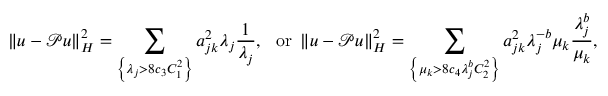
\left\lVert \boldsymbol { u } - \mathcal { P } \boldsymbol { u } \right\rVert _ { H } ^ { 2 } = \sum _ { \left\{ \lambda _ { j } > 8 c _ { 3 } C _ { 1 } ^ { 2 } \right\} } a _ { j k } ^ { 2 } \lambda _ { j } \frac { 1 } { \lambda _ { j } } , \ \mathrm { ~ o r ~ } \left\lVert \boldsymbol { u } - \mathcal { P } \boldsymbol { u } \right\rVert _ { H } ^ { 2 } = \sum _ { \left\{ \mu _ { k } > 8 c _ { 4 } \lambda _ { j } ^ { b } C _ { 2 } ^ { 2 } \right\} } a _ { j k } ^ { 2 } \lambda _ { j } ^ { - b } \mu _ { k } \frac { \lambda _ { j } ^ { b } } { \mu _ { k } } ,